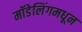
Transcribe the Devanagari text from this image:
मॉडेलिंगमधून